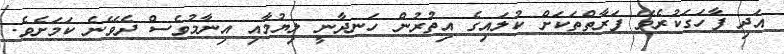
އަދި ފާހަގަކުރެވޭ ފަރާތްތަކަށް ކުލައިގެ އިތުރުން ހަނދާނީ ލިޔުމާއި އިނާމުވެސް ދެވޭނެ ކަމަށެވެ.